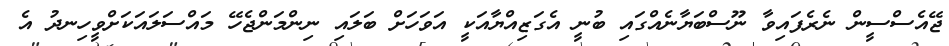
ޖޭއެސްސީން ނެރެފައިވާ ނޫސްބަޔާނެއްގައި ބުނީ އެގަޒިއްޔާއަކީ އަވަހަށް ބަލައި ނިންމަންޖެހޭ މައްސަލައަކަށްވީހިނދު އެ